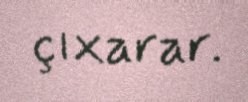
çıxarar.